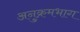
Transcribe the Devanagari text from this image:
अनुक्रमभाग